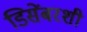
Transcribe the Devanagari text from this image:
डिसेंबरशी